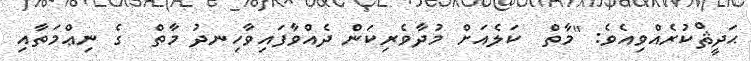
ޙަދީޘްކުރެއްވިއެވެ: "މާތް  ކަލެއަށް މުދާވެރިކަން ދެއްވާފައިވާހިނދު މާތް  ގެ ނިޢްމަތާއި